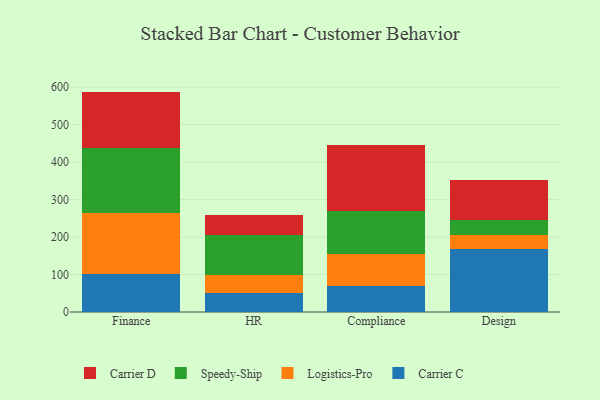
{"axis": {"x": "Department", "y": "Website Visitors"}, "legend": ["Carrier C", "Carrier D", "Logistics-Pro", "Speedy-Ship"], "data": [{"x": "Finance", "y": 102.5, "type": "Carrier C"}, {"x": "Finance", "y": 162.4, "type": "Logistics-Pro"}, {"x": "Finance", "y": 171.8, "type": "Speedy-Ship"}, {"x": "Finance", "y": 151.3, "type": "Carrier D"}, {"x": "HR", "y": 49.4, "type": "Carrier C"}, {"x": "HR", "y": 48.5, "type": "Logistics-Pro"}, {"x": "HR", "y": 107.8, "type": "Speedy-Ship"}, {"x": "HR", "y": 53.7, "type": "Carrier D"}, {"x": "Compliance", "y": 68.1, "type": "Carrier C"}, {"x": "Compliance", "y": 86.9, "type": "Logistics-Pro"}, {"x": "Compliance", "y": 114.9, "type": "Speedy-Ship"}, {"x": "Compliance", "y": 174.4, "type": "Carrier D"}, {"x": "Design", "y": 168.6, "type": "Carrier C"}, {"x": "Design", "y": 38.1, "type": "Logistics-Pro"}, {"x": "Design", "y": 38.8, "type": "Speedy-Ship"}, {"x": "Design", "y": 106.5, "type": "Carrier D"}]}